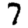
Digit: 7